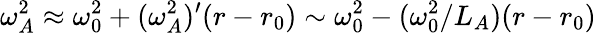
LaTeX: \omega_{A}^{2}\approx\omega_{0}^{2}+(\omega_{A}^{2})^{\prime}(r-r_{0})\sim\omega_{0}^{2}-(\omega_{0}^{2}/L_{A})(r-r_{0})